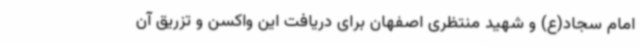
امام سجاد(ع) و شهید منتظری اصفهان برای دریافت این واکسن و تزریق آن